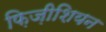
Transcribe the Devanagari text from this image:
फ़िज़ीशियन